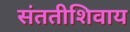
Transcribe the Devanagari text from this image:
संततीशिवाय